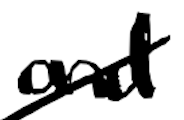
Text: and
Cross-out: mix
Writing tool: digital_black